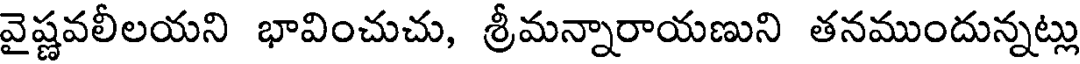
వైష్ణవలీలయని భావించుచు, శ్రీమన్నారాయణుని తనముందున్నట్లు